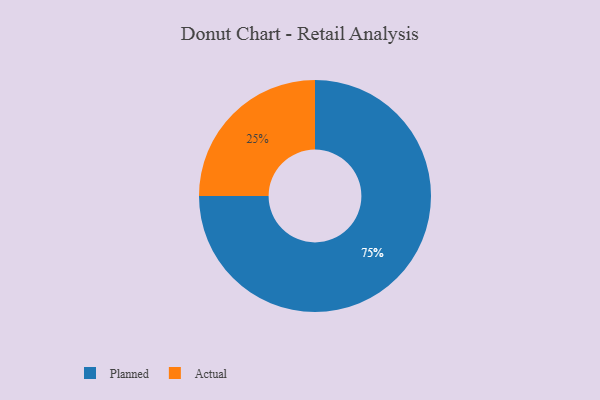
{"axis": {"x": "Category", "y": "Percentage"}, "legend": ["Actual", "Planned"], "data": [{"x": "Planned", "y": 75, "type": "Planned"}, {"x": "Actual", "y": 25, "type": "Actual"}]}